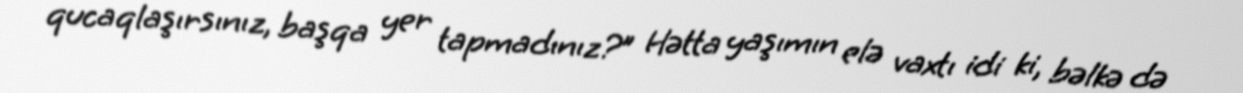
qucaqlaşırsınız, başqa yer tapmadınız?” Hətta yaşımın elə vaxtı idi ki, bəlkə də